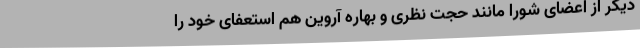
دیگر از اعضای شورا مانند حجت نظری و بهاره آروین هم استعفای خود را